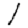
Digit: 1